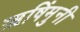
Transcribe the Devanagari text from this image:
ऋषिंमुनी